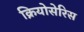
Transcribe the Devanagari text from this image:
क्रियोसेरिस